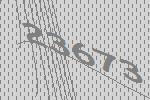
23673